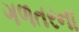
ગળતરના